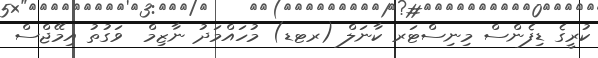
ކުރީގެ ޑިފެންސް މިނިސްޓަރ ކާނަލް (ރޓޑ) މުހައްމަދު ނާޒިމް  ވަގުތު އިމޭޖްސް